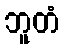
ဘူတံ